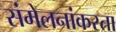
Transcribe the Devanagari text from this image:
संमेलनांकरता